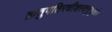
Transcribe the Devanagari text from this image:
क्रतुपतिरधीशस्तनुभृतां।